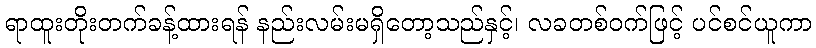
ရာထူးတိုးတက်ခန့်ထားရန် နည်းလမ်းမရှိတော့သည်နှင့်၊ လခတစ်ဝက်ဖြင့် ပင်စင်ယူကာ